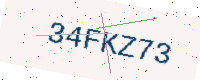
Text: 34FKZ73